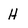
Character: H